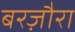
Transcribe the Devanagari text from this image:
बरज़ौरा